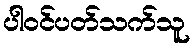
ပါဝင်ပတ်သက်သူ